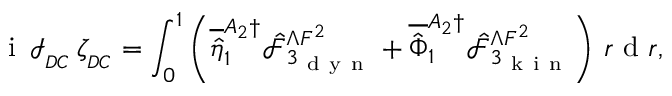
\mathrm { ~ i ~ } \, \mathcal { I } _ { _ { D C } } \, \zeta _ { _ { D C } } = \int _ { 0 } ^ { 1 } \left( \overline { { \hat { \eta } } } _ { 1 } ^ { A _ { 2 } \dagger } \hat { \mathcal { F } } _ { 3 _ { \mathrm { ~ d ~ y ~ n ~ } } } ^ { \Lambda F ^ { 2 } } + \overline { { \hat { \Phi } } } _ { 1 } ^ { A _ { 2 } \dagger } \hat { \mathcal { F } } _ { 3 _ { \mathrm { ~ k ~ i ~ n ~ } } } ^ { \Lambda F ^ { 2 } } \right) \, r \mathrm { ~ d ~ } r ,